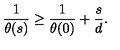
{ \frac { 1 } { \theta ( s ) } } \geq { \frac { 1 } { \theta ( 0 ) } } + { \frac { s } { d } } .